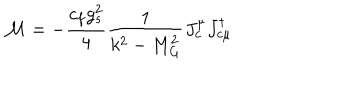
LaTeX: { \cal M } = - \frac { c _ { f } g _ { s } ^ { 2 } } { 4 } \frac { 1 } { k ^ { 2 } - M _ { G } ^ { 2 } } J _ { c } ^ { \mu } J _ { c \mu } ^ { \dagger }